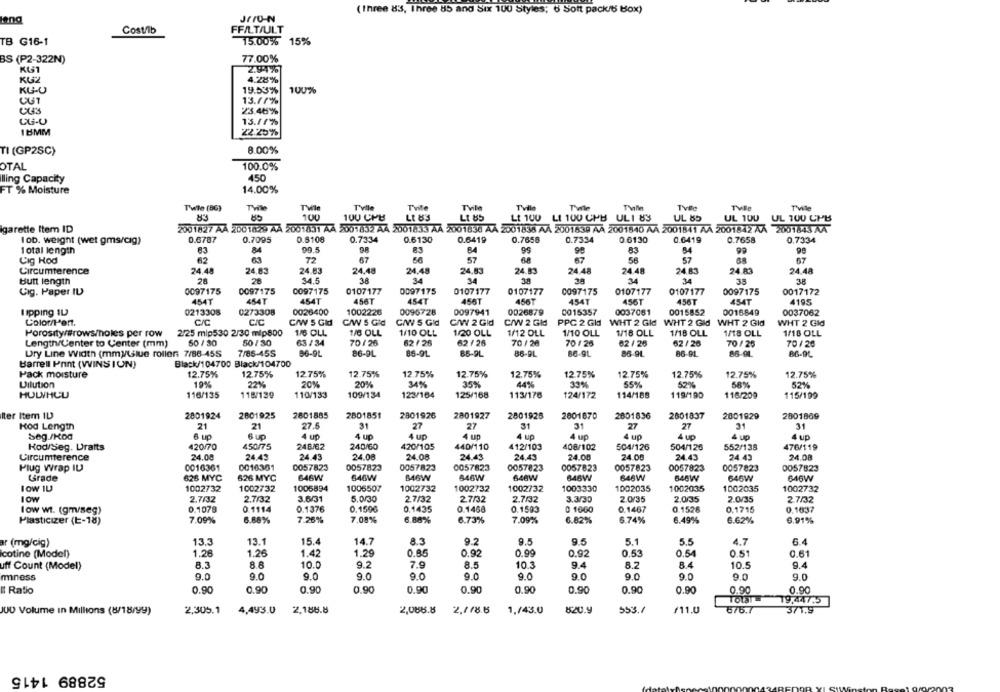
(Three 83, Ihree 85 and Six 100 Styles; 6 Soft pack/6 Box)
leng
JFION
Cost/lb
FFILT/ULT
TB G16-1
15.00% 15%
BS (P2-322N)
77.00%
4.28%
KG-U
19.53%
100%
13.70%
CX43
23.465%
13.11%
18MM
22.25%
TI (GP2SC)
8.00%
100.0%
OTAL
lling Capacity
450
FT % Moisture
14.00%
Twle (86)
Tvile
TWle
Tvile
TVile
Tville
Tvile
Tvile
Tvle
Twee
83
100
100 CPU
LI 83
Lt 85
Lt 100 LI 100 CHB UL1 83
UL 85
UL 100
UL 100 CHB
2001827 AA 2001829 AA 2001831 AA 2001832 A4 2001833 AA 2001836 AA 2001835 AA 2001838 AA 2001840 AA 2001841 AA 2001842 AA 2001843 AA
garette Item ID
Iob. weight (wet gms/cig)
0.6787
0.7095
0.8108
0.7334
0.6130
0.6419
0.7658
0.7334
0.6130
0.6419
0.7658
0,7334
83
99.5
83
BA
99
98
83
84
Total length
84
Cig Hod
62
63
72
67
57
68
67
56
57
67
Circumference
24.48
24.83
24.83
24.48
24.48
24.83
24.83
24.48
24.48
24.83
24.83
24.48
Butt length
28
28
$4.5
38
34
34
38
38
34
34
35
38
0097175
0097175
0097175
0107177
0097175
0107177
0107177
0097175
0107177
0107177
0097175
0017172
Cig. Paper IU
454T
454T
454T
456T
454T
456T
456T
454T
456T
456T
454T
4195
lipping 1L
0213308
0273308
0026400
1002226
0096728
0097941
0026879
0015357
0037061
0015852
0016849
0037062
Color/Pert.
C/C
CIC
C/W 5 Gld
C/W S Gid
C/W 5 Gld
C/W 2 GId
C/W 2 Gld
PPC 2 Gld
WHT 2 Gld WHT 2 Gld
WHT 2 Gld
WHT 2 Gld
Porosity/#rowsmoles per row 2/25 mlp530 2/30 mlp800
1/6 OLL
1/6 OLL
1/10 OLL
1/20 OLL
1/12 OLL
1/10 OLL
1/18 OLL
1/18 OLL
1/18 OLL
1/18 OLL
Length/Center to Center (mm)
50 / 30
50/ 30
63 / 34
70/26
62 / 25
62 / 26
70/26
70 /26
62 / 25
62/26
70 /25
70/20
Dry Line Width (mm)/Live rollen: 7/86-455
7/85-455
86-94
86-91
86-91
86-9L
86-BL
86-9L
86-91
86-91
86-91
86-9C
Barrell Print (VVINS ION)
Black/104700 Black/104700
Pack moisture
12.75%
12.75%
1275%
12.75%
12.75%
12.75%
12.75%
12.75%
12.75%
12.75%
12.75%
12.75%
Dilution
19%
22%
20%
20%
34%
35%
44%
330%
55%
52%
58%
52%
HUWYHLU
116/135
118/139
110/133
109/134
123/164
125/168
113/176
124/172
114/188
119/190
116/209
115/199
Iter Item IL
2801924
2001925
2801885
2801851
2801926
2801927
2801928
2801670
2801836
2601837
2001929
2001869
Kod Length
21
21
27.5
31
27
27
31
27
27
31
31
Seg./Koa
6 up
4 up
4 up
4 up
4 up
4 MO
4 up
4 up
4 up
4 40
4 up
Kod/Seg. Drafts
420/70
450/75
246/62
240/60
420/105
440/110
412/103
408/102
504/126
504/126
552/138
476/119
Circumference
24.00
24.43
24.43
24.08
24.08
24.43
24.43
24.00
24.00
24.43
24.43
24.08
Plug Wrap IU
0016361
0016361
0057823
0057823
0057823
0057823
0057823
0057823
0057823
0057823
0057823
0057823
Grade
626 MYC
626 MYC
646W
646W
BAGW
846W
646W
646W
646W
646W
645W
646W
I OW 1L
1002732
1002732
1005894
1006507
1002732
1002732
1002732
1003330
1002035
1002035
1002035
1002732
LOW
3.6/31
5.0/30
3.3/30
2.0/35
27/32
2.7/32
2.7/32
2.7/32
2.7/32
2.7/32
2.0/35
2.0/35
low wt. (gm/seg)
0.1078
0.1114
0.1376
0.1590
0.1435
0.1468
0.1593
0 1660
0.1467
0.1526
0.1715
0.1037
7.26%
7.08%
6.62%
Plasticizer (E-18)
7.09%
6.88%
6.88%
6.73%
7.09%
6.82%
6.74%
6.49%
6.91%
15.4
8.3
9.2
ar (mg/cig)
13.3
13.1
14.7
9.5
9.5
5.1
5.5
4.7
6.4
cotine (Model)
1.26
1.26
1.42
1.29
0.85
0.92
0.99
0.92
0.53
0.54
0.51
0.61
uff Count (Model)
8.3
8.0
10.0
9.2
7.9
8.5
10.3
9.4
8.4
10.5
9.4
9.0
9.0
mness
9.0
9.0
9.0
9.0
9.0
9.0
9.0
9.0
9.0
9.0
Il Ratio
0.90
0.90
0.90
0.90
0.90
0.90
0.90
0.90
0.90
0.90
0.90
0.90
ToLaT
19,447.5
2,188.8
/11.0
JUD Volume In Millions (8/18/99)
2,305.1
4,493.0
2,086.8
2,1/8.6
1./43.0
820.9
553.7
676.7
371.9
52889 1415